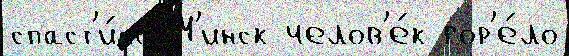
спаст'и́сь М'инск челов'е́к гор'е́ло